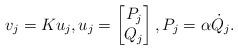
LaTeX: \begin{align*}v_{j}=Ku_{j},u_{j}=\begin{bmatrix}P_{j}\\Q_{j}\end{bmatrix},P_{j}=\alpha\dot{Q}_{j}. \end{align*}